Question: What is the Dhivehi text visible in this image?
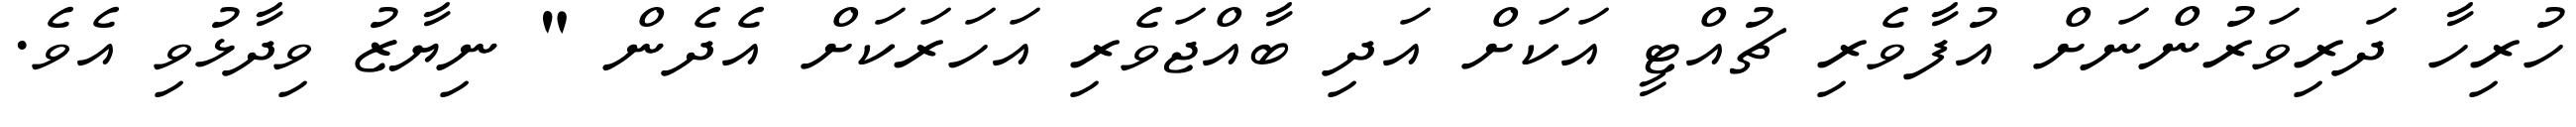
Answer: ހުރިހާ ދަރިވަރުންނަށް އުފާވެރި ޗުއްޓީ އަކަށް އަދި ބާއްޖަވެރި އަހަރަކަށް އެދެން " ނިޔާޒު ވިދާޅުވި އެވެ.